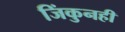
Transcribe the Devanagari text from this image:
जिंकुनही